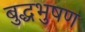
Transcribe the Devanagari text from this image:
बुद्धभुषण